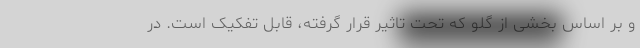
و بر اساس بخشی از گلو که تحت تاثیر قرار گرفته، قابل تفکیک است. در